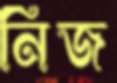
নিজ